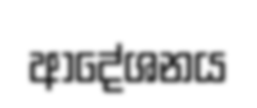
ආදේශනය